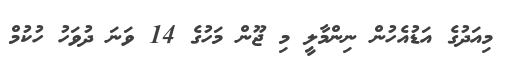
މިއަދުގެ އަޑުއެހުން ނިންމާލީ މި ޖޫން މަހުގެ 14 ވަނަ ދުވަހު ހުކުމް